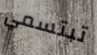
تبتسمي